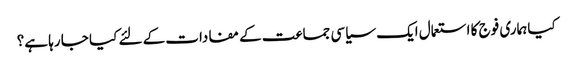
کیا ہماری فوج کا استعمال ایک سیاسی جماعت کے مفادات کے لئے کیا جا رہا ہے؟